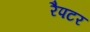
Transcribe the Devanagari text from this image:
रैपटर